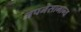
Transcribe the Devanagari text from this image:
अपनेसामान्य